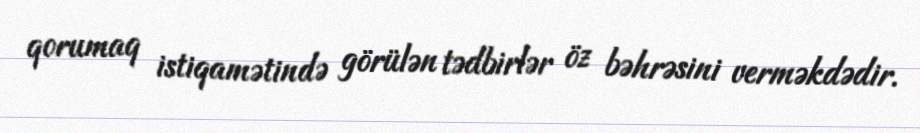
qorumaq istiqamətində görülən tədbirlər öz bəhrəsini verməkdədir.